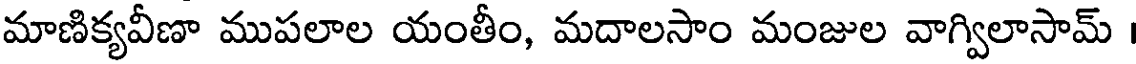
మాణిక్యవీణా ముపలాల యంతీం, మదాలసాం మంజుల వాగ్విలాసామ్